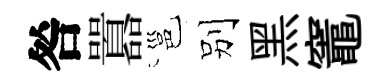
咎囂邕别黑竈